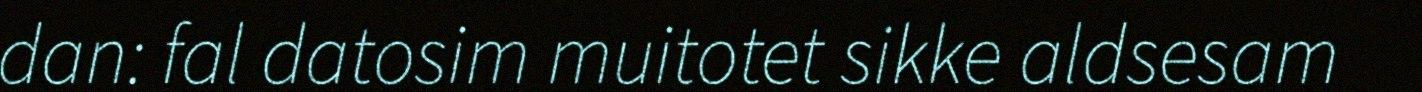
dan: fal datosim muitotet sikke aldsesam